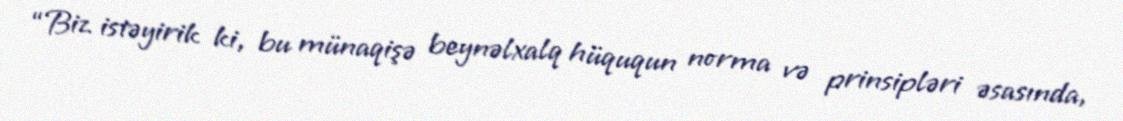
“Biz istəyirik ki, bu münaqişə beynəlxalq hüququn norma və prinsipləri əsasında,